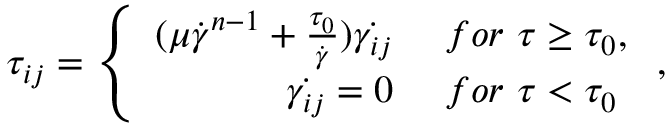
\begin{array} { r } { \tau _ { i j } = \left\{ \begin{array} { r l } { ( \mu \dot { \gamma } ^ { n - 1 } + \frac { \tau _ { 0 } } { \dot { \gamma } } ) \dot { \gamma _ { i j } } ~ } & { f o r ~ \tau \ge \tau _ { 0 } , } \\ { \dot { \gamma _ { i j } } = 0 ~ } & { f o r ~ \tau < \tau _ { 0 } } \end{array} \right. , } \end{array}